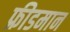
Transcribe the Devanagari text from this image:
फ्रीडमान